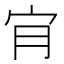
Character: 𡧓